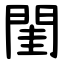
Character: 閨